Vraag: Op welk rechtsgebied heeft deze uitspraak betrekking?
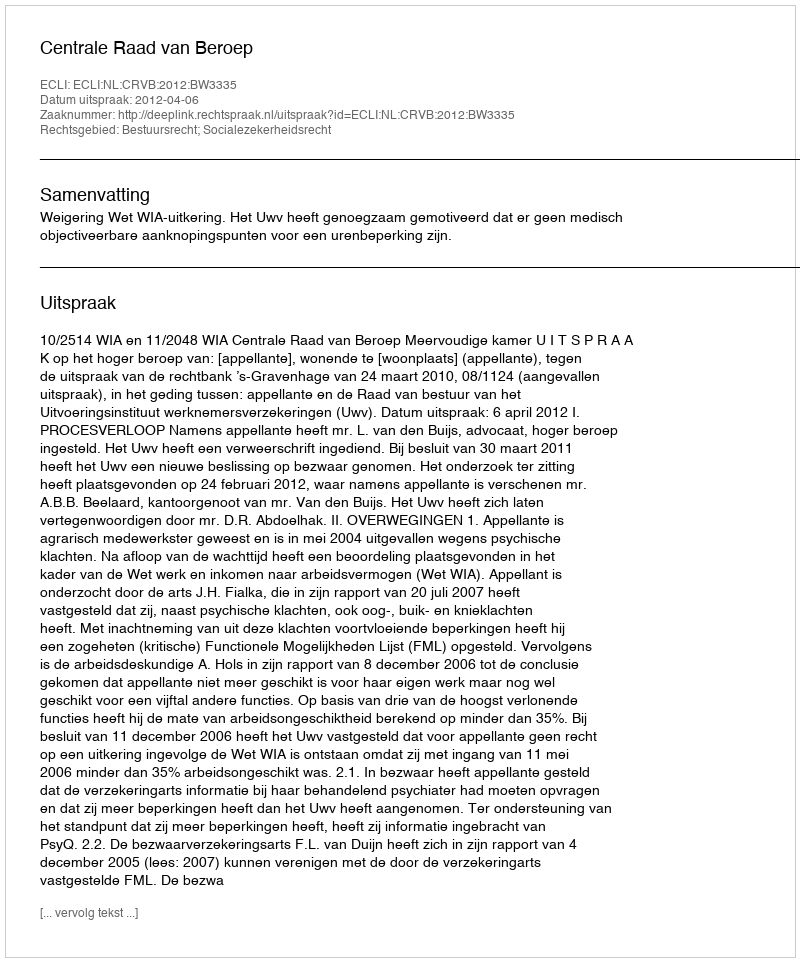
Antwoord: Bestuursrecht; Socialezekerheidsrecht